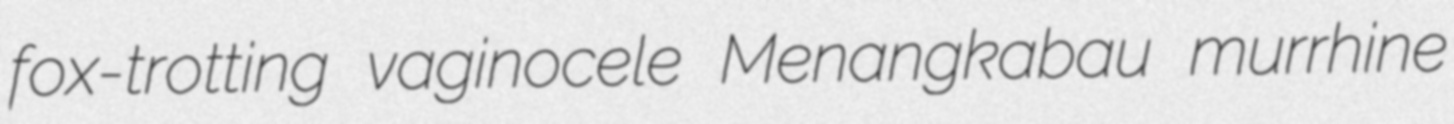
fox-trotting vaginocele Menangkabau murrhine